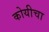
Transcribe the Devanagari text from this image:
कोयीचा